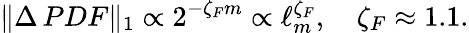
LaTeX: \| \Delta\, PDF\| _{1}\propto 2^{-\zeta_{F}m}\propto\ell_{m}^{\zeta_{F}},\quad\zeta_{F}\approx 1.1.